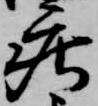
庄